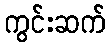
ကွင်းဆက်